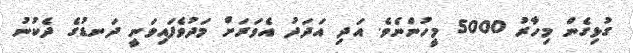
ގުޅިގެން މިހާރު 5000 މީހުންނެވެ. އަދި އަދަދު އެވަރަށް މަދުވެފައިވަނީ ދަނޑުގެ ދެކުނު